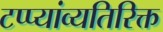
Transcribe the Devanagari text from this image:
टप्प्यांव्यतिरिक्त